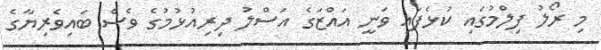
މި ރޯލު ފިލްމުގައި ކުޅެފައި ވަނީ އައްޒަގެ އަސްލު ދިރިއުޅުމުގެ ވެސް ބައިވެރިޔާގެ